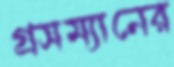
গ্রসম্যানের